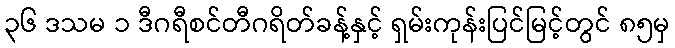
၃၆ ဒသမ ၁ ဒီဂရီစင်တီဂရိတ်ခန့်နှင့် ရှမ်းကုန်းပြင်မြင့်တွင် ၈၅မှ